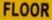
FLOOR